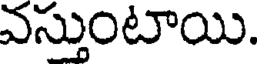
వస్తుంటాయి.